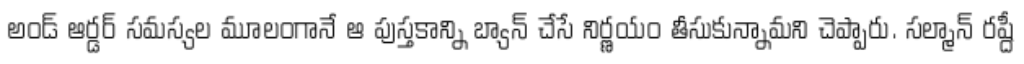
అండ్ ఆర్డర్ సమస్యల మూలంగానే ఆ పుస్తకాన్ని బ్యాన్ చేసే నిర్ణయం తీసుకున్నామని చెప్పారు. సల్మాన్ రష్దీ